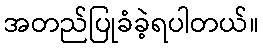
အတည်ပြုခံခဲ့ရပါတယ်။